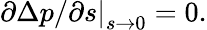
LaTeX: \left.{{\partial\Delta p}}/{\partial s}\right|_{s\to 0}=0.